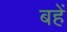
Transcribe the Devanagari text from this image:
बहें